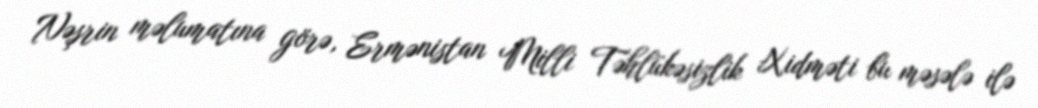
Nəşrin məlumatına görə, Ermənistan Milli Təhlükəsizlik Xidməti bu məsələ ilə